Lunatic asylums United Provinces 1899-1908 - 1899-1908
Year: 1899
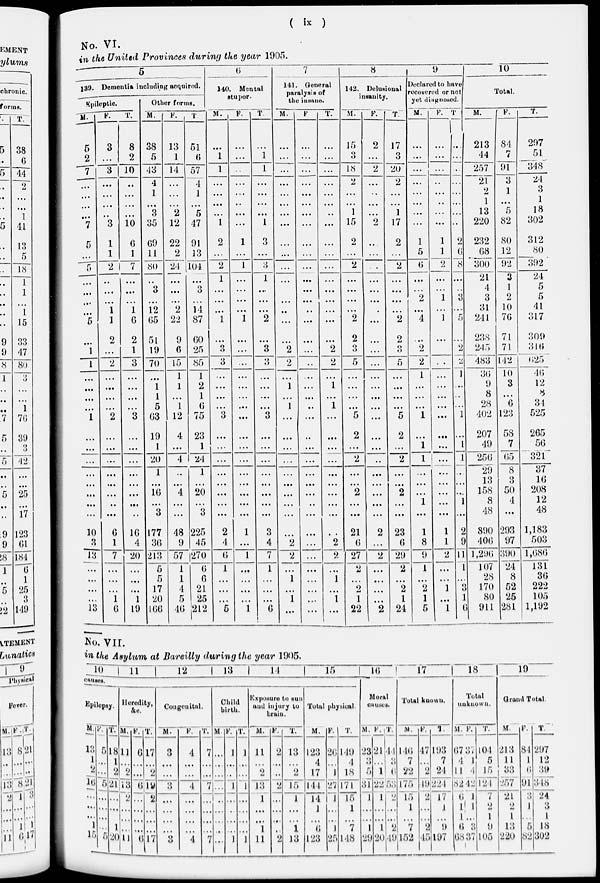
( ix )
No. VI.
in the United Provinces during the year 1905.
5
139. Dementia including acquired.
Epileptic.
M.
5
2
7
...
...
...
...
7
5
...
5
...
...
...
...
5
...
1
1
...
...
...
...
1
...
...
...
...
...
...
...
...
10
3
13
...
...
...
...
13
F.
3
...
3
...
...
...
...
3
1
1
2
...
...
...
1
1
2
...
2
...
...
...
...
2
...
...
...
...
...
...
...
...
6
1
7
...
...
...
1
6
T.
8
2
10
...
...
...
...
10
6
1
7
...
...
...
1
6
2
1
3
...
...
...
...
3
...
...
...
...
...
...
...
...
16
4
20
...
...
...
1
19
Other forms.
M.
38
5
43
4
1
...
3
35
69
11
80
...
3
...
12
65
51
19
70
...
1
1
5
63
19
1
20
1
...
16
...
3
177
36
213
5
5
17
20
166
F.
13
1
14
...
...
...
2
12
22
2
24
...
...
...
2
22
9
6
15
1
1
...
1
12
4
...
4
...
...
4
...
...
48
9
57
1
1
4
5
46
T
51
6
57
4
1
...
5
47
91
13
104
...
3
...
14
87
60
25
85
1
2
1
6
75
23
1
24
1
...
20
...
3
225
45
270
6
6
21
25
212
6
140. Mental
stupor.
M.
...
1
1
...
...
...
...
1
2
...
2
1
...
...
...
1
...
3
3
...
...
...
...
3
...
...
...
...
...
...
...
...
2
4
6
1
...
...
...
5
F.
...
...
...
...
...
...
...
...
1
...
1
...
...
...
...
1
...
...
...
...
...
...
...
...
...
...
...
...
...
...
...
...
1
...
1
...
...
...
...
1
T.
...
1
1
...
...
...
...
1
3
...
...
1
...
...
...
2
...
3
3
...
...
...
...
3
...
...
...
...
...
...
...
...
3
4
7
1
...
...
...
6
7
141. General
paralyse of
the insane.
M.
...
...
...
...
...
...
...
...
...
...
...
...
...
...
...
...
...
2
2
...
1
...
1
...
...
...
...
...
...
...
...
...
...
2
2
...
1
...
1
...
F.
...
...
...
...
...
...
...
...
...
...
...
...
...
...
...
...
...
...
...
...
...
...
...
...
...
...
...
...
...
...
...
...
...
...
...
...
...
...
...
...
T.
...
...
...
...
...
...
...
...
...
...
...
...
...
...
...
...
...
2
2
...
1
...
1
...
...
...
...
...
...
...
...
...
...
2
2
...
1
...
1
...
8
142. Delusional
insanity.
M.
15
3
18
2
...
...
1
15
2
...
2
...
...
...
...
2
2
3
5
...
...
...
...
5
2
...
2
...
...
2
...
...
21
6
27
2
...
2
1
22
F.
2
...
2
...
...
...
...
2
...
...
...
...
...
...
...
...
...
...
...
...
...
...
...
...
...
...
...
...
...
...
...
...
2
...
2
...
...
...
...
2
T.
17
3
20
2
...
...
1
17
2
...
2
...
...
...
...
2
2
3
5
...
...
...
...
5
2
...
2
...
...
2
...
...
23
6
29
2
...
2
1
24
9
Declared to have
recovered or not
yet diagnosed.
M.
...
...
...
...
...
...
...
...
1
5
6
...
...
2
...
4
...
2
2
1
...
...
...
1
...
1
1
...
...
...
1
...
1
8
9
1
...
2
1
5
F.
...
...
...
...
...
...
...
...
1
1
2
...
...
1
...
1
...
...
...
...
...
...
...
...
...
...
...
...
...
...
...
...
1
1
2
...
...
1
...
1
T.
...
...
...
...
...
...
...
...
2
6
8
...
...
3
...
5
...
2
2
1
...
...
...
1
...
1
1
...
...
...
1
...
2
9
11
1
...
3
1
6
10
Total.
M.
213
44
257
21
2
1
13
220
232
68
300
21
4
3
31
241
238
245
483
36
9
8
28
402
207
49
256
29
13
158
8
48
890
406
1,296
107
28
170
80
911
F.
84
7
91
3
1
...
5
82
80
12
92
3
1
2
10
76
71
71
142
10
3
...
6
123
58
7
65
8
3
50
4
...
293
97
390
24
8
52
25
281
T.
297
51
348
24
3
1
18
302
312
80
392
24
5
5
41
317
309
316
625
46
12
8
34
525
265
56
321
37
16
208
12
48
1,183
503
1,686
131
36
222
105
1,192
No. VII.
in the Asylum at Bareilly during the year 1905.
10
11
12
13
14
15
causes.
Epilepsy.
M.
13
1
2
16
...
...
...
1
15
F.
5
...
...
5
...
...
...
...
5
T.
18
1
2
21
...
...
...
1
20
Heredity,
&c.
M.
11
...
2
13
2
...
...
...
11
F.
6
...
...
6
...
...
...
...
6
T.
17
...
2
19
2
...
...
...
17
Congenital.
M.
3
...
...
3
...
...
...
...
3
F.
4
...
...
4
...
...
...
...
4
T.
7
...
...
7
...
...
...
...
7
Child
birth.
M.
...
...
...
...
...
...
...
...
...
F.
1
...
...
1
...
...
...
...
1
T.
1
...
...
1
...
...
...
...
1
Exposure to sun
and injury to
brain.
M.
11
...
2
13
1
...
...
1
11
F.
2
...
...
2
...
...
...
...
2
T.
13
...
2
15
1
...
...
1
13
Total physical.
M.
123
4
17
144
14
1
...
6
123
F.
26
...
1
27
1
...
...
1
25
T.
149
4
18
171
15
1
...
7
148
16
Moral
causes.
M.
23
3
5
31
1
...
...
1
29
F.
21
...
1
22
1
...
...
1
20
T.
44
3
6
53
2
...
...
2
49
17
Total known.
M.
146
7
22
175
15
1
...
7
152
F.
47
...
2
49
2
...
...
2
45
T.
193
7
24
224
17
1
...
9
197
18
Total
unknown.
M.
67
4
11
82
6
1
1
6
68
F.
37
1
4
42
1
1
...
3
37
T.
104
5
15
124
7
2
1
9
105
19
Grand Total.
M.
213
11
33
257
21
2
1
13
220
F.
84
1
6
91
3
1
...
5
82
T.
297
12
39
348
24
3
1
18
302